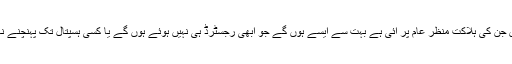
یہ وہ لوگ ہیں جن کی ہلاکت منظر عام پر آئی ہے بہت سے ایسے ہوں گے جو ابھی رجسٹرڈ ہی نہیں ہوئے ہوں گے یا کسی ہسپتال تک پہنچنے نہیں ہوں گے ۔